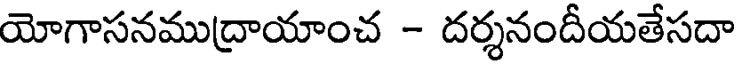
యోగాసనముద్రాయాంచ - దర్శనందీయతేసదా